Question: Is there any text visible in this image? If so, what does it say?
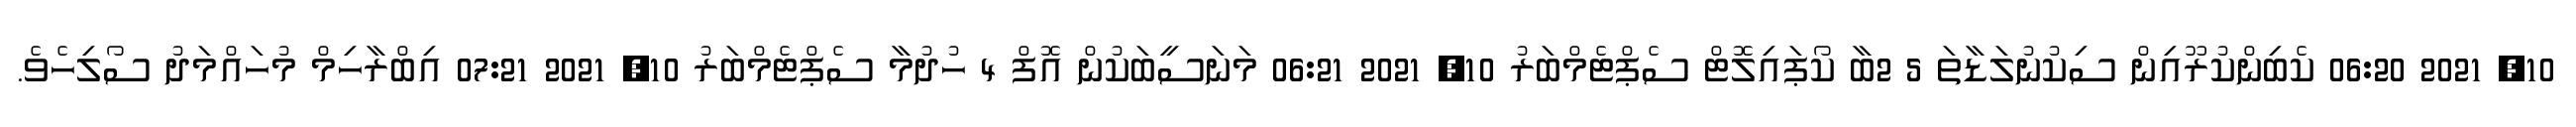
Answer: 10, 2021 06:20 ކެބިންކުރޫއިން ސިކުނުލަޑާތަ 5 2ބާ ކޯޕައިލޮޓް ސެޕްޓެމްބަރު 10, 2021 06:21 މަނަސީބަކުން އޮފް 4 ހުދުމާ ސެޕްޓެމްބަރު 10, 2021 07:21 އިބްރާހިމް މުހައްމަދު ސޯލިހެވެ.